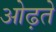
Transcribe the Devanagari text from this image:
ओढ़ते